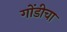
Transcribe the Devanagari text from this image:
गोंडीचा